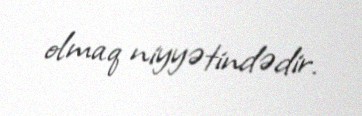
olmaq niyyətindədir.